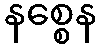
နစ္စေန